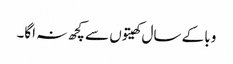
وبا کے سال کھیتوں سے کچھ نہ اگا۔